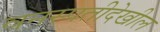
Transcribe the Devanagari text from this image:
वनस्पतीदेखील